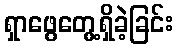
ရှာဖွေတွေ့ရှိခဲ့ခြင်း